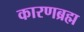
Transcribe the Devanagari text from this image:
कारणब्रह्म